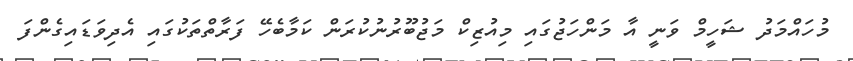
މުހައްމަދު ޝަހީމް ވަނީ އާ މަންހަޖުގައި މިއުޒިކް މަޖުބޫރުނުކުރަން ކަމާބެހޭ ފަރާތްތަކުގައި އެދިވަޑައިގެންފަ